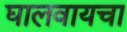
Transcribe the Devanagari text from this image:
घालवायचा